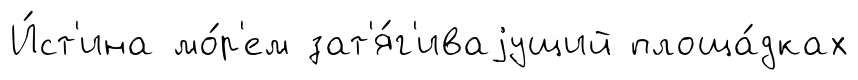
И́ст'ина мо́р'ем зат'я́г'иваjущий площа́дках